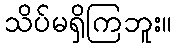
သိပ်မရှိကြဘူး။